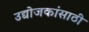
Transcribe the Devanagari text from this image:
उद्योजकांसाठी